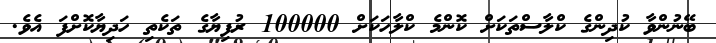
ބޭނުންވާ ކުދިންގެ ކްލާސްތަކަށް ކޮންމެ ކްލާހަކަށް 100000 ރުފިޔާގެ ތަކެތި ހަދިޔާކޮށްފަ އެވެ.